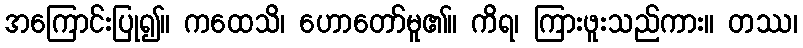
အကြောင်းပြု၍။ ကထေသိ၊ ဟောတော်မူ၏။ ကိရ၊ ကြားဖူးသည်ကား။ တဿ၊